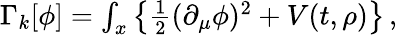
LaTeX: \begin{array}{r}{\Gamma_{k}[\phi]=\int_{x}\left\{ \frac{1}{2}(\partial_{\mu}\phi)^{2}+V(t,\rho)\right\} \, ,}\end{array}